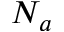
N _ { a }